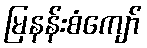
မြနန်းစံကျော်